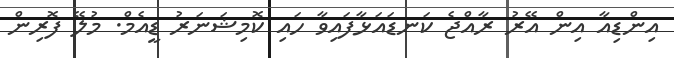
އިންޑިއާ އިން އޭރު ރާއްޖެ ކަނޑައަޅާފައިވާ ހައި ކޮމިޝަނަރު ޑީއެމް. މުލޭ ފޮރިން